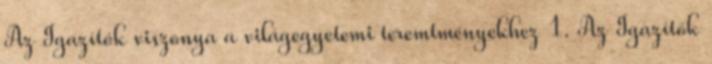
Az Igazítók viszonya a világegyetemi teremtményekhez 1. Az Igazítók